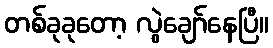
တစ်ခုခုတော့ လွဲချော်နေပြီ။